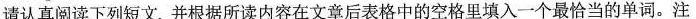
请认真阅读下列短文,并根据所读内容在文章后表格中的空格里填入一个最恰当的单词.注